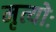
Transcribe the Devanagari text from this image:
मृत्योः